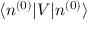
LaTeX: \langle n ^ { ( 0 ) } | V | n ^ { ( 0 ) } \rangle